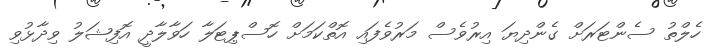
ހެލްތު ސެންޓަރަށް ގެންދިޔަ އިރުވެސް މަރުވެފައި އޮތްކަމަށް ހޮސްޕިޓަލާ ހަވާލާދީ އޮފިޝަލު ވިދާޅުވި